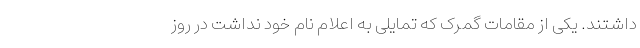
داشتند. یکی از مقامات گمرک که تمایلی به اعلام نام خود نداشت در روز